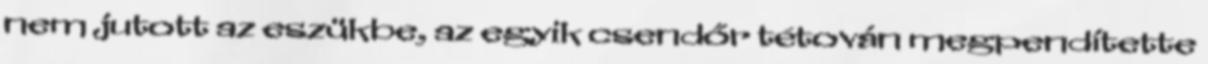
nem jutott az eszükbe, az egyik csendőr tétován megpendítette